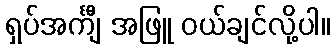
ရှပ်အင်္ကျီ အဖြူ ဝယ်ချင်လို့ပါ။